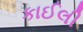
કાઈલી